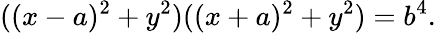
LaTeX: ((x-a)^{2}+y^{2})((x+a)^{2}+y^{2})=b^{4}.